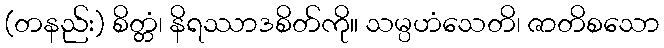
(တနည်း) စိတ္တံ၊ နိရဿာဒစိတ်ကို။ သမ္ပဟံသေတိ၊ ဇာတိစသော